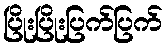
ပြိုးပြိုးပြက်ပြက်